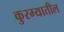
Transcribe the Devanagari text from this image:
कुरम्यातील